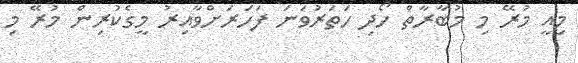
މިއީ މުރޭ މި މުބާރާތް ހޯދި ހަތަރުވަނަ ފަހަރަށްވާއިރު މީގެކުރިން މުރޭ މި